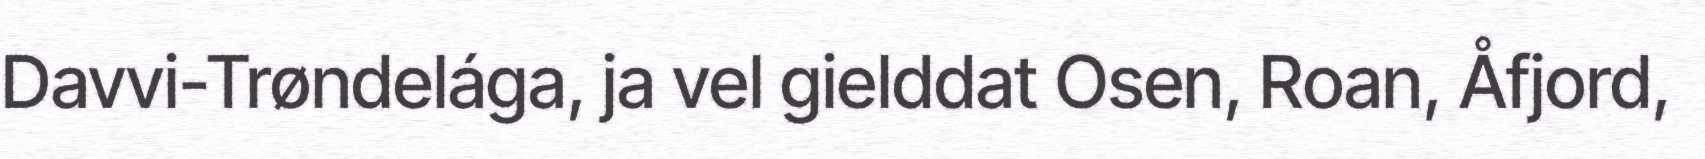
Davvi-Trøndelága, ja vel gielddat Osen, Roan, Åfjord,